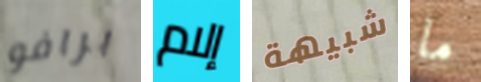
برافو إلام شبيهة ما